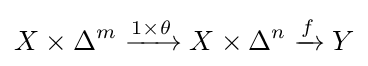
X\times \Delta ^{m}\xrightarrow {1\times \theta } X\times \Delta ^{n}\xrightarrow {f} Y